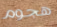
هجوم